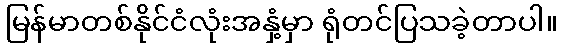
မြန်မာတစ်နိုင်ငံလုံးအနှံ့မှာ ရုံတင်ပြသခဲ့တာပါ။